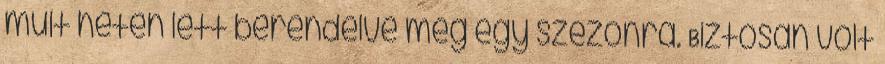
múlt héten lett berendelve még egy szezonra. Biztosan volt